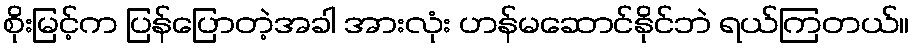
စိုးမြင့်က ပြန်ပြောတဲ့အခါ အားလုံး ဟန်မဆောင်နိုင်ဘဲ ရယ်ကြတယ်။